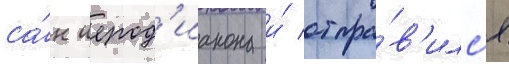
са́н иерод'иакона и́ отпра́в'илс'я